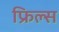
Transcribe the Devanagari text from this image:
फ्रिल्स